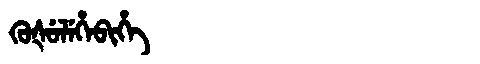
Manchu: ᡴᡠᡧᡠᠯᡝᡥᡝᠪᡳᡥᡝ
Romanization: KUŠULEHEBIHE